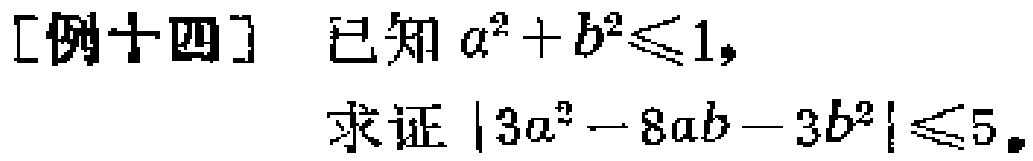
[例十四] 已知 \(a^{2}+b^{2}\leqslant1\)，

求证\(\vert3a^{2}-8ab - 3b^{2}\vert\leqslant5\)。